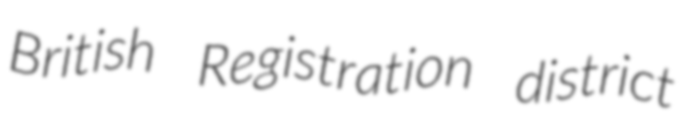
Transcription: British Registration district